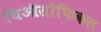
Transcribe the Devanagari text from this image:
थिऑसोफिकल